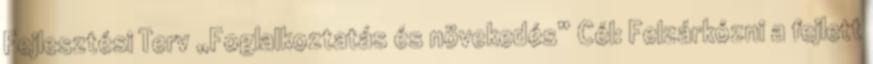
Fejlesztési Terv „Foglalkoztatás és növekedés” Cél: Felzárkózni a fejlett